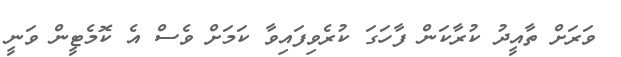
ވަރަށް ތާއީދު ކުރާކަން ފާހަގަ ކުރެވިފައިވާ ކަމަށް ވެސް އެ ކޮމެޓީން ވަނީ